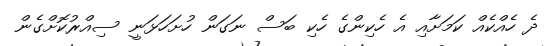
ދެ ހެއްކެއް ކަމަށާއި އެ ހެކިންގެ ހެކި ބަސް ނަގަން ހުށަހަޅަނީ ސިއްރުކޮށްގެން